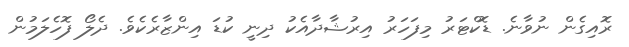
ރޮއިގެން ނުވާނެ. ޑޮކްޓަރު މިފަހަރު އިރުޝާދާއެކު ދިނީ ކުޑަ އިންޒާރެކެވެ. ދެލޯ ފޮހެލަމުން